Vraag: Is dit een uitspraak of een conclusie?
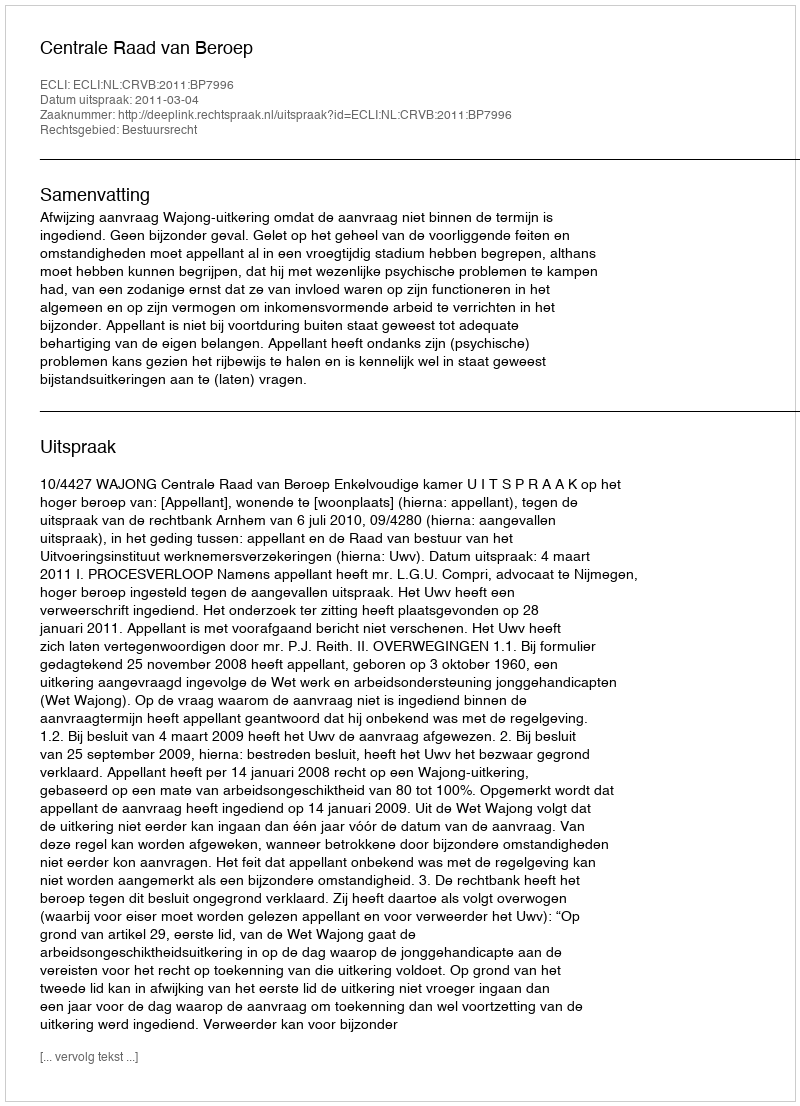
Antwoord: Uitspraak